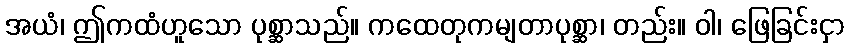
အယံ၊ ဤကထံဟူသော ပုစ္ဆာသည်။ ကထေတုကမျတာပုစ္ဆာ၊ တည်း။ ဝါ၊ ဖြေခြင်းငှာ